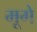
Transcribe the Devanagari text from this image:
मूगे